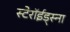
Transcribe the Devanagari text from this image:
स्टेरॉईड्स्ना